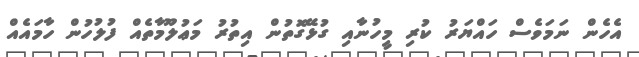
އެހެން ނަމަވެސް ހައްޔަރު ކުރި މީހުނާއި ގުޅޭގޮތުން އިތުރު މަޢުލޫމާތެއް ފުލުހުން ހާމައެއް